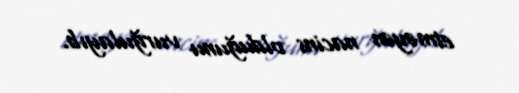
etməyən nacins olduğunu vurğulayıb.